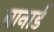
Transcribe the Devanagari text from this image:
बानार्ड